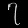
Digit: ၇